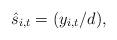
LaTeX: \begin{align*} \hat{s}_{i,t}=(y_{i,t}/ d),\end{align*}